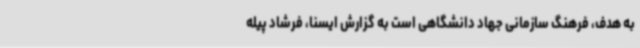
به هدف، فرهنگ سازمانی جهاد دانشگاهی است به گزارش ایسنا، فرشاد پیله